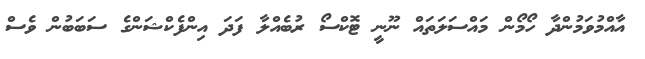
އާއްމުވަމުންދާ ހޯމޯން މައްސަލަތައް ނޫނީ ޓޮކްސޯ ރުބެއްލާ ފަދަ އިންފެކްޝަންގެ ސަބަބުން ވެސް